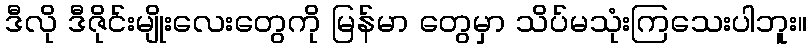
ဒီလို ဒီဇိုင်းမျိုးလေးတွေကို မြန်မာ တွေမှာ သိပ်မသုံးကြသေးပါဘူး။